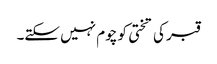
قبر کی تختی کو چوم نہیں سکتے۔